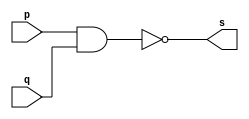
// ------------------------- 
// Exercicio0003 - XNOR
// Nome: Guilherme Moreira Nunes 
// ------------------------- 
// ------------------------- 
// -- xnor gate 
// ------------------------- 
module xnorgate ( output s, input p, q ); 
assign s = ~( p & q ); 
endmodule // xnorgate 
// --------------------- 
// -- test xnor gate 
// --------------------- 
module testxnorgate; 
// ------------------------- dados locais 
reg a;
reg b; // definir registradores 
wire s; // definir conexao (fio) 
// ------------------------- instancia 
xnorgate XNOR1 (s, a, b); 
// ------------------------- preparacao 
initial begin:start 
// atribuicao simultanea 
// dos valores iniciais 
a=0; b=0; 
end 
// ------------------------- parte principal 
initial begin 
$display("Exercicio0003 - Guilherme Moreira Nunes - 408947"); 
$display("Test XNOR gate de Morgan"); 
$display("\n~a ^ ~b = s\n"); 
a=0; b=0; 
$monitor("%b ^ %b = %b", a, b, s); 
#1 a=0; b=1;  
#1 a=1; b=0; 
#1 a=1; b=1; 
end 
endmodule // testxnorgate